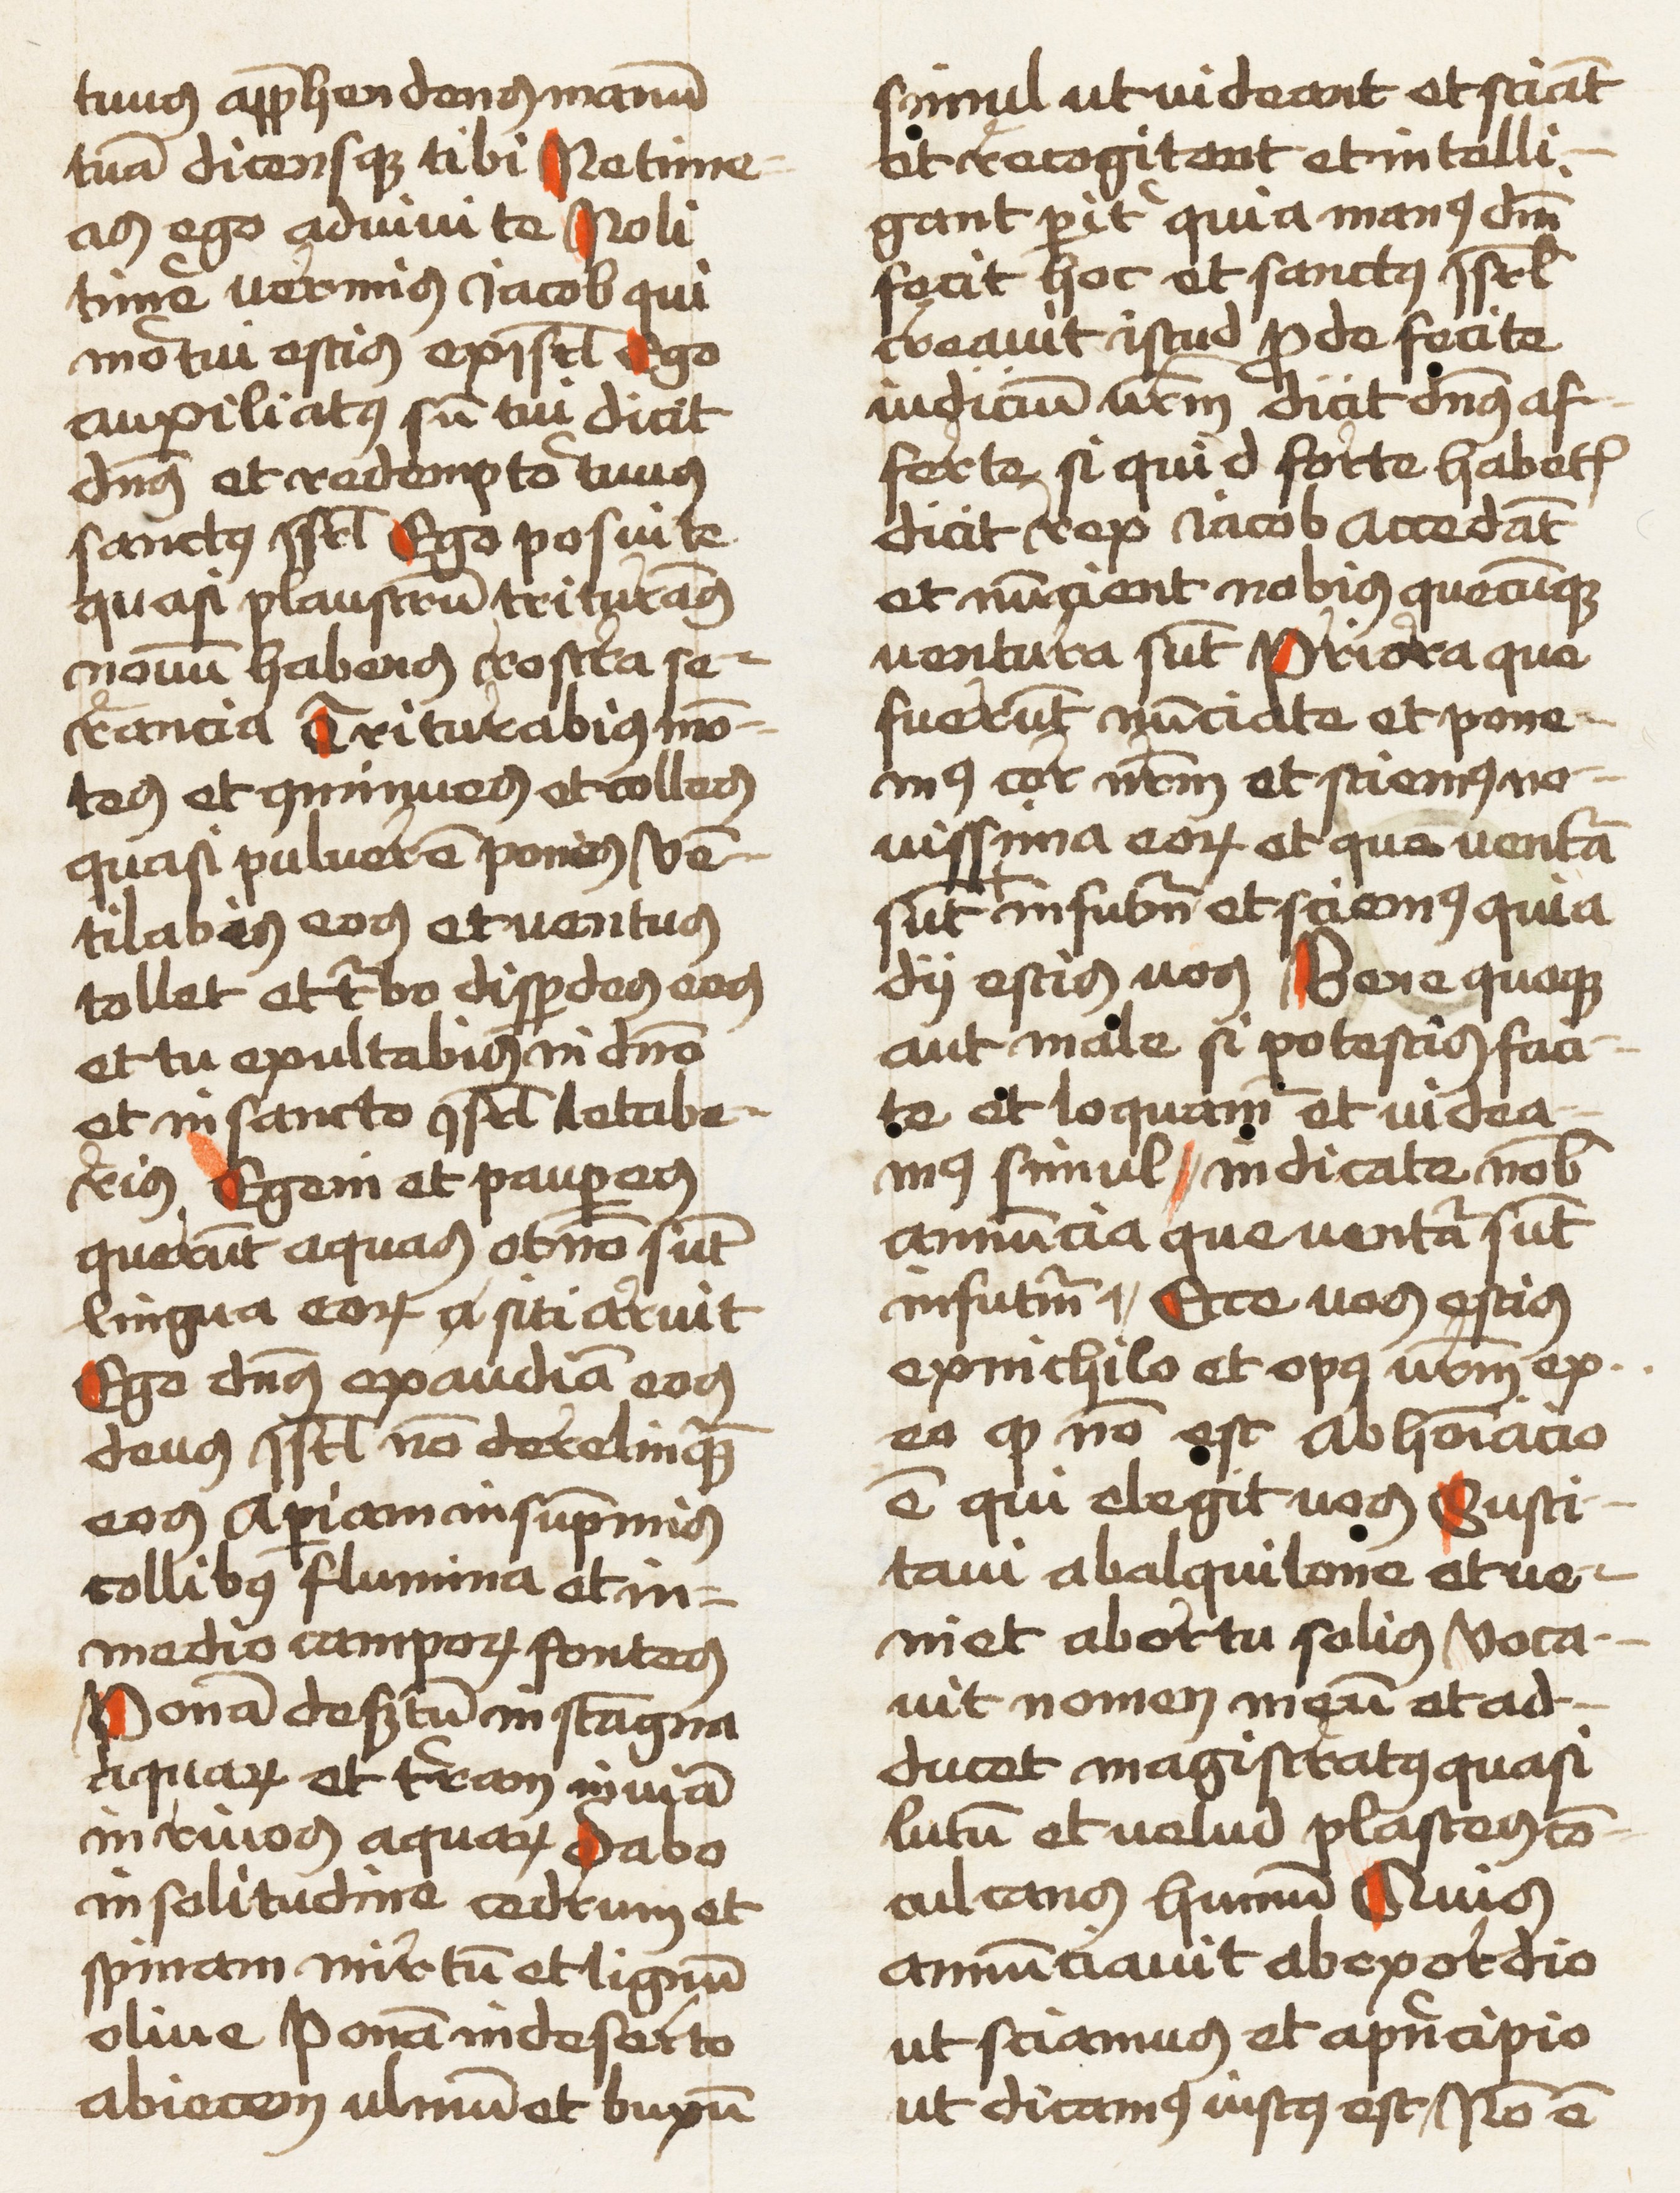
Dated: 1459–1459